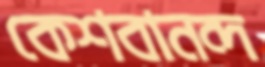
কেশবানন্দ